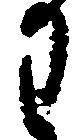
わ